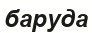
баруда